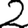
Digit: 2